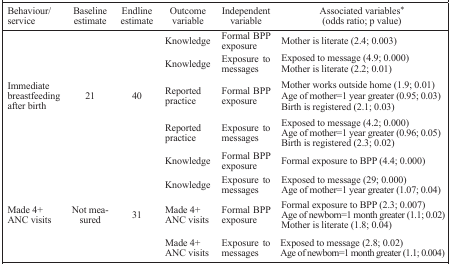
| Behaviour/service | Baseline estimate | Endline estimate | Outcome variable | Independent variable | Associated variables* (odds ratio; p value) |
 | --- | --- | --- | --- | --- | --- |
 |  |  |  | Knowledge | Formal BPP exposure | Mother is literate (2.4; 0.003) |
 |  |  |  | <ROWSPAN=2> Knowledge | <ROWSPAN=2> Exposure to messages | Exposed to message (4.9; 0.000) |
 |  |  |  | Mother is literate (2.2; 0.01) |
 | <ROWSPAN=3> Immediate breastfeeding after birth | <ROWSPAN=3> 21 | <ROWSPAN=3> 40 | <ROWSPAN=3> Reported practice | <ROWSPAN=3> Formal BPP exposure | Mother works outside home (1.9; 0.01) |
 | Age of mother=1 year greater (0.95; 0.03) |
 | Birth is registered (2.1; 0.03) |
 |  |  |  | <ROWSPAN=3> Reported practice | <ROWSPAN=3> Exposure to messages | Exposed to message (4.2; 0.000) |
 |  |  |  | Age of mother=1 year greater (0.96; 0.05) |
 |  |  |  | Birth is registered (2.3; 0.02) |
 |  |  |  | Knowledge | Formal BPP exposure | Formal exposure to BPP (4.4; 0.000) |
 |  |  |  | <ROWSPAN=2> Knowledge | <ROWSPAN=2> Exposure to messages | Exposed to message (29; 0.000) |
 |  |  |  | Age of mother=1 year greater (1.07; 0.04) |
 | <ROWSPAN=3> Made 4+ ANC visits | <ROWSPAN=3> Not measured | <ROWSPAN=3> 31 | <ROWSPAN=3> Made 4+ ANC visits | <ROWSPAN=3> Formal BPP exposure | Formal exposure to BPP (2.3; 0.007) |
 | Age of newborn=1 month greater (1.1; 0.02) |
 | Mother is literate (1.8; 0.04) |
 |  |  |  | <ROWSPAN=2> Made 4+ ANC visits | <ROWSPAN=2> Exposure to messages | Exposed to message (2.8; 0.02) |
 |  |  |  | Age of newborn=1 month greater (1.1; 0.004) |